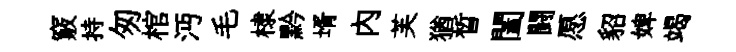
竅持匆棺沔毛棣黔壻內芙猶晳闔闘愿貂婢竭